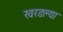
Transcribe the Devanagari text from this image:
खरडल्या